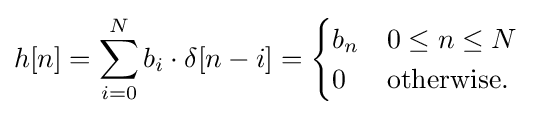
h[n]=\sum _{i=0}^{N}b_{i}\cdot \delta [n-i]={\begin{cases}b_{n}&0\leq n\leq N\\0&{\text{otherwise}}.\end{cases}}